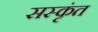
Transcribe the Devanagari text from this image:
सस्कृंत